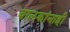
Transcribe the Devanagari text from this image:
बालकांनाही